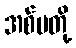
အစ်မတို့